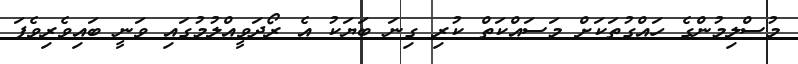
މުސްލިމުންގެ ހައްގުތަކަށް މަސައްކަތް ކުރި ގިނަ ބަޔަކު އެ ރޯދަވީއްލުމުގައި ވަނީ ބައިވެރިވެފަ